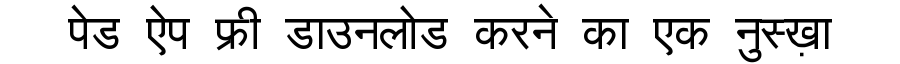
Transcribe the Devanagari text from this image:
पेड ऐप फ्री डाउनलोड करने का एक नुस्ख़ा